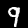
Digit: 9